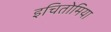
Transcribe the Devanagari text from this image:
इचितोमिया